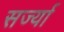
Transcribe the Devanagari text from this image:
सर्ज्या